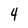
Character: 4